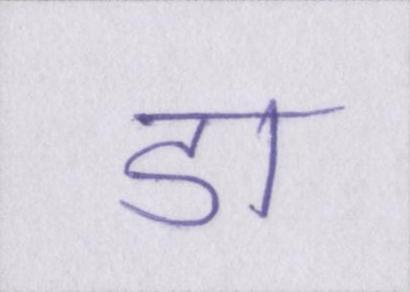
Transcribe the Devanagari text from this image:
डा